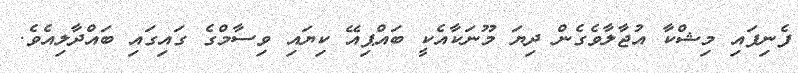
ފެނިފައި މިޝްކާ އުޖާލާވެގެން ދިޔަ މޫނަކާއެކީ ބައްޕިއޭ ކިޔައި ވިސާމްގެ ގައިގައި ބައްދާލިއެވެ.